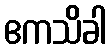
ဧကသိခါ